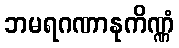
ဘမရဂဏာနုကိဏ္ဏံ